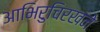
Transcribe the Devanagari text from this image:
आभिरुचिरखने